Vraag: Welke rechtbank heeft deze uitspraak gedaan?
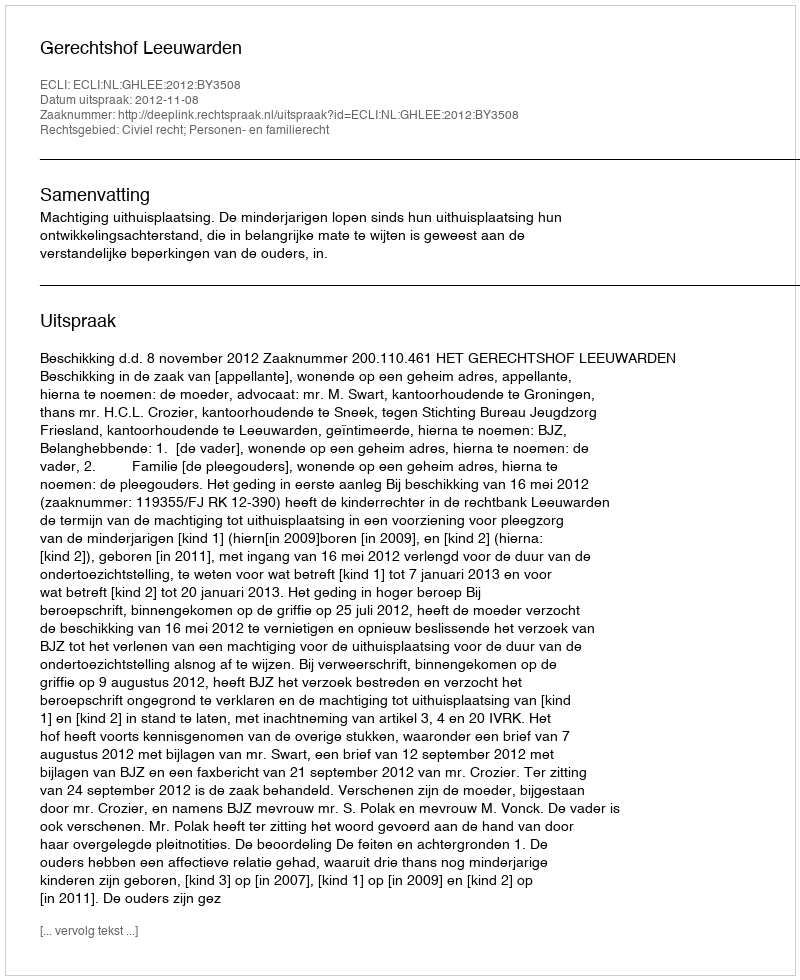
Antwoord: Gerechtshof Leeuwarden